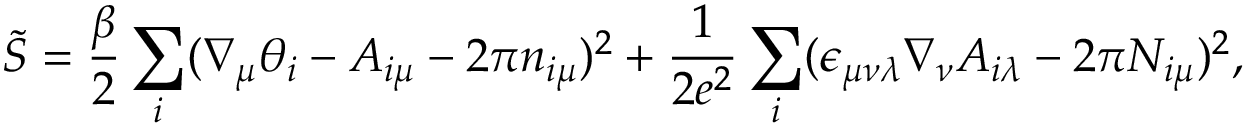
\tilde { S } = \frac { \beta } { 2 } \sum _ { i } ( \nabla _ { \mu } \theta _ { i } - A _ { i \mu } - 2 \pi n _ { i \mu } ) ^ { 2 } + \frac { 1 } { 2 e ^ { 2 } } \sum _ { i } ( \epsilon _ { \mu \nu \lambda } \nabla _ { \nu } A _ { i \lambda } - 2 \pi N _ { i \mu } ) ^ { 2 } ,